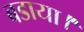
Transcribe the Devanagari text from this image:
बडाया।